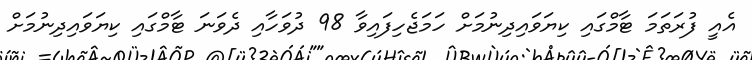
އެއީ ފުރަތަމަ ޓާމްގައި ކިޔަވައިދިނުމަށް ހަމަޖެހިފައިވާ 98 ދުވަހާއި ދެވަނަ ޓާމްގައި ކިޔަވައިދިނުމަށް